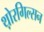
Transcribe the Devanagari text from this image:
थ़ोरगिल्सन